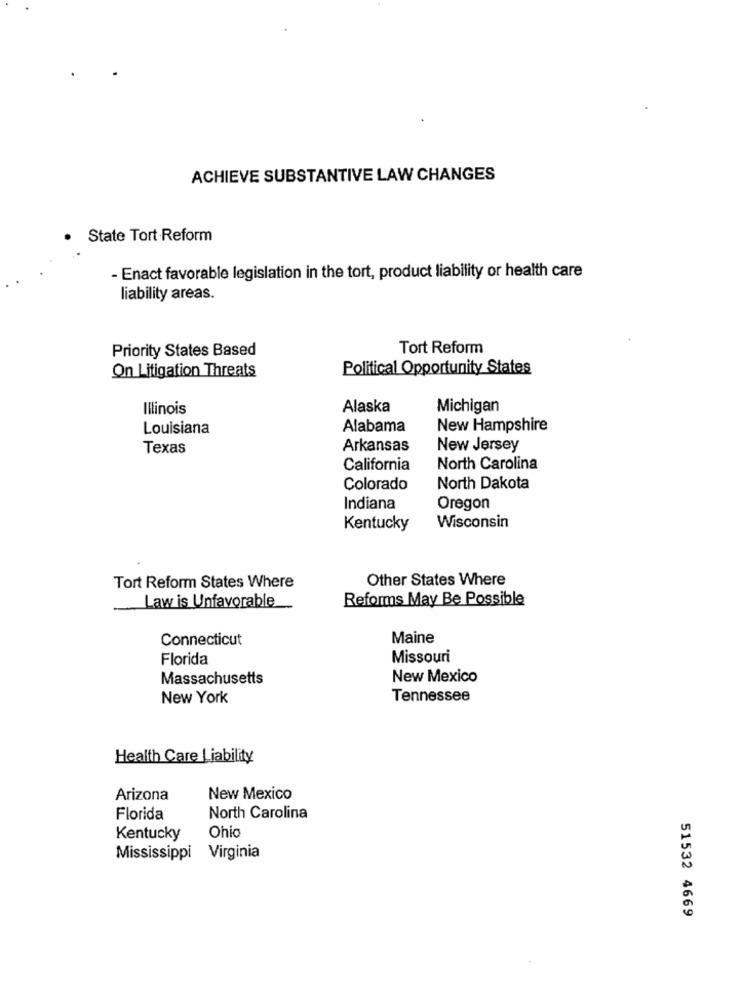
ACHIEVE SUBSTANTIVE LAW CHANGES
.State Tort Reform
- Enact favorable legislation in the tort, product liability or health care
liability areas.
Priority States Based
Tort Reform
On Litigation Threats
Political Opportunity States
Illinois
Alaska
Michigan
Louisiana
Alabama
New Hampshire
Texas
Arkansas
New Jersey
California
North Carolina
Colorado
North Dakota
Indiana
Oregon
Wisconsin
Kentucky
Other States Where
Tort Reform States Where
Law is Unfavorable
Reforms May Be Possible
Connecticut
Maine
Florida
Missouri
Massachusetts
New Mexico
New York
Tennessee
Health Care Liability
Arizona
New Mexico
Florida
North Carolina
Kentucky
Ohio
Mississippi
Virginia
51532 4669